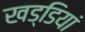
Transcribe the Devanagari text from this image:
खड्डियां